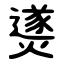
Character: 㸂